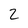
Character: 2